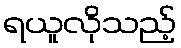
ရယူလိုသည့်